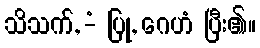
သိသက်, -ံ ပြု, ဂေဟံ ပြီး၏။